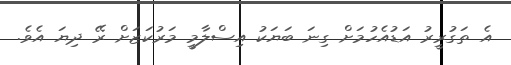
އެ ތަގުރީރު އަޑުއެހުމަށް ގިނަ ބަޔަކު އިސްލާމީ މަރުކަޒަށް ރޭ ދިޔަ އެވެ.